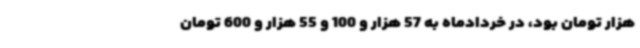
هزار تومان بود، در خردادماه به 57 هزار و 100 و 55 هزار و 600 تومان